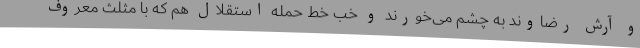
و آرش رضاوند به چشم می‌خورند و خب خط حمله استقلال هم که با مثلث معروف